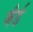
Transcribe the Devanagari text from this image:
जैर्ड